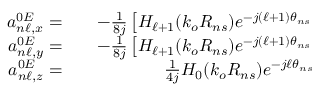
\begin{array} { r l r } { a _ { n \ell , x } ^ { 0 E } = } & { { } } & { - \frac { 1 } { 8 j } \left[ H _ { \ell + 1 } ( k _ { o } R _ { n s } ) e ^ { - j ( \ell + 1 ) \theta _ { n s } } \right. } \\ { a _ { n \ell , y } ^ { 0 E } = } & { { } } & { - \frac { 1 } { 8 j } \left[ H _ { \ell + 1 } ( k _ { o } R _ { n s } ) e ^ { - j ( \ell + 1 ) \theta _ { n s } } \right. } \\ { a _ { n \ell , z } ^ { 0 E } = } & { { } } & { \frac { 1 } { 4 j } H _ { 0 } ( k _ { o } R _ { n s } ) e ^ { - j \ell \theta _ { n s } } } \end{array}